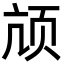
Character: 颃